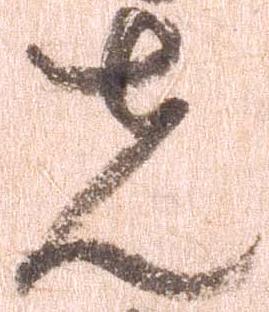
先